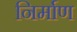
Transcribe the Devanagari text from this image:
निर्माण्‍ा